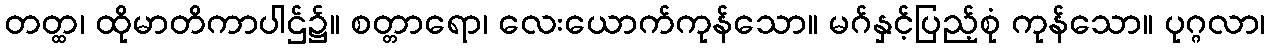
တတ္ထ၊ ထိုမာတိကာပါဌ်၌။ စတ္တာရော၊ လေးယောက်ကုန်သော။ မဂ်နှင့်ပြည့်စုံ ကုန်သော။ ပုဂ္ဂလာ၊